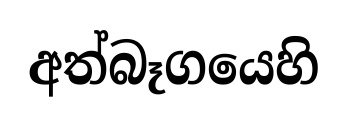
අත්බෑගයෙහි